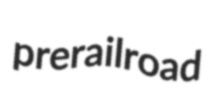
prerailroad